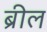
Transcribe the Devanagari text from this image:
ब्रील